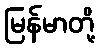
မြန်မာတို့